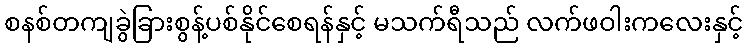
စနစ်တကျခွဲခြားစွန့်ပစ်နိုင်စေရန်နှင့် မသက်ရီသည် လက်ဖဝါးကလေးနှင့်